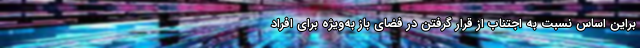
براین اساس نسبت به اجتناب از قرار گرفتن در فضای باز به‌ویژه برای افراد